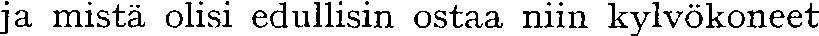
ja mistä olisi edullisin ostaa niin kylvökoneet